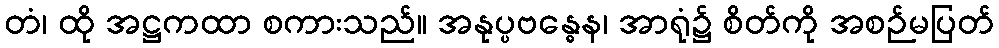
တံ၊ ထို အဋ္ဌကထာ စကားသည်။ အနုပ္ပဗန္ဓေန၊ အာရုံ၌ စိတ်ကို အစဉ်မပြတ်